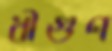
ধীগুণ